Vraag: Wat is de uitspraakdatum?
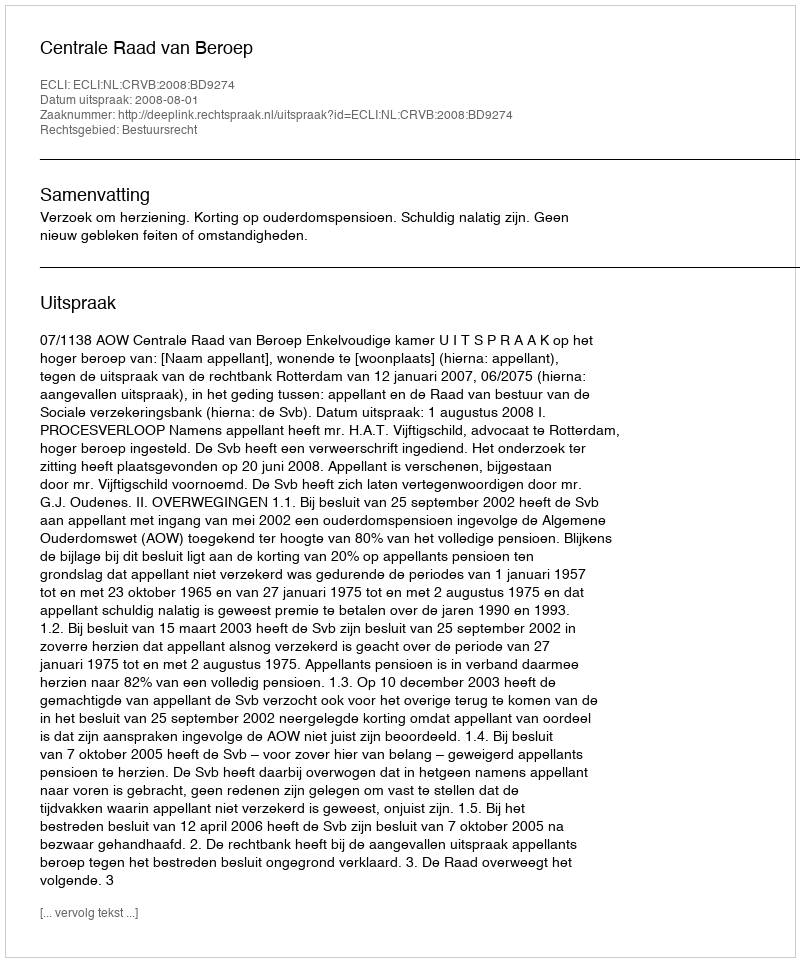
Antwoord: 2008-08-01